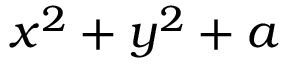
x ^ { 2 } + y ^ { 2 } + a